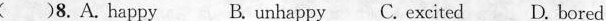
( )8. A. happy B. unhappy C. excited D. bored